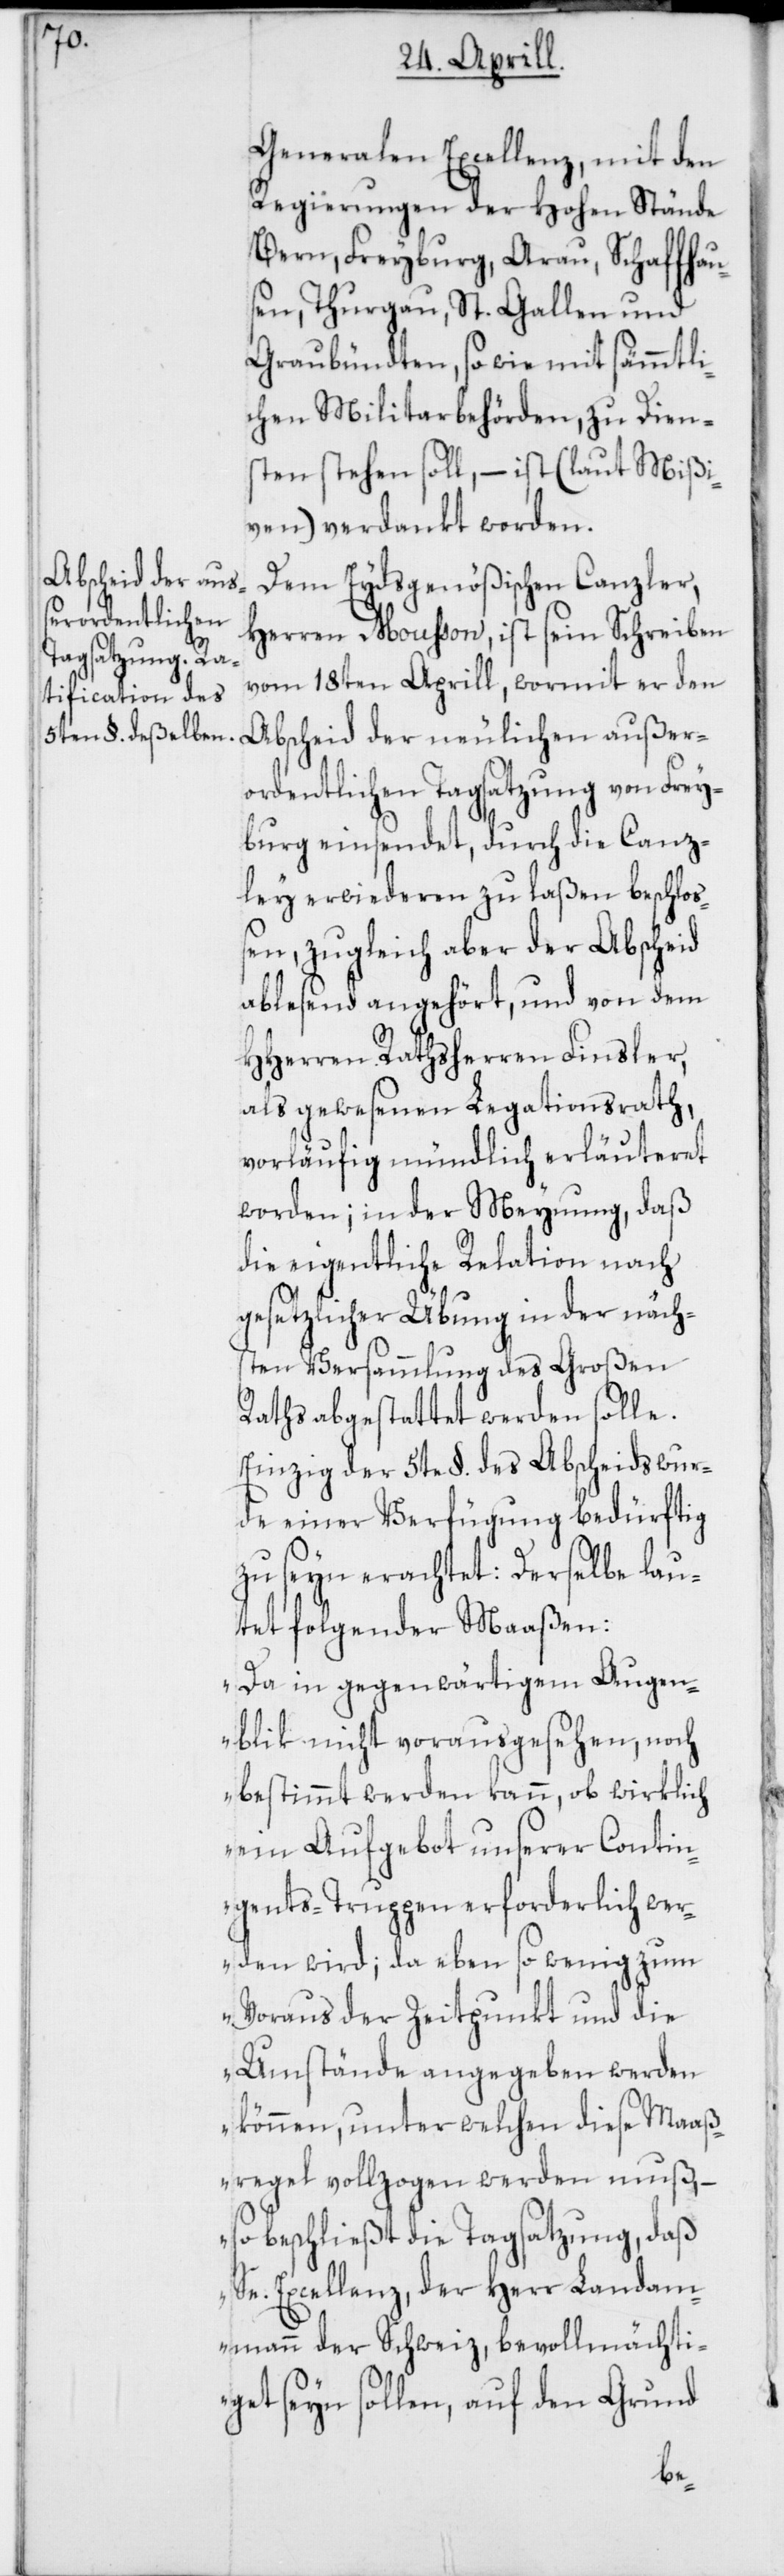
Generalen Excellenz, mit den
Regierungen der Hohen Stände
Bern, Freyburg, Arau, Schaffhau¬
sen, Thurgau, St. Gallen und
Graubündten, sowie mit sämmtli¬
chen Militarbehörden, zu Dien¬
sten stehen soll, – ist (laut Mißi¬
ven) verdankt worden.
Dem Eydsgenößischen Canzler,
Herren Mousson, ist sein Schreiben
vom 18ten Aprill, wormit er den
Abscheid der neulichen außer¬
ordentlichen Tagsatzung von Frey¬
burg einsendet, durch die Canz¬
ley erwiederen zu laßen beschloß¬
en, zugleich aber der Abscheid
ablesend angehört, und von dem
HHerren Rathsherren Finsler,
als gewesenen Legationsrath,
vorläufig mündlich erläuteret
worden; in der Meynung, daß
die eigentliche Relation nach
gesetzlicher Übung in der näch¬
sten Versammlung des Großen
Raths abgestattet werden solle.
Einzig der 5te §. des Abscheids wur¬
de einer Verfügung bedürftig
zu seyn erachtet. Derselbe lau¬
tet folgender Maaßen:
„Da in gegenwärtigem Augen¬
blik nicht vorauszusehen, noch
bestimmt werden kann, ob wirklich
ein Aufgebot unserer Contin¬
gents-Truppen erforderlich wer¬
den wird; da eben so wenig zum
Voraus der Zeitpunkt und die
Umstände angegeben werden
können, unter welchen diese Maaß¬
regel vollzogen werden muß,
so beschließt die Tagsatzung, daß
Se. Excellenz, der Herr Landam¬
mann der Schweiz, bevollmächti¬
get seyn sollen, auf den Grund